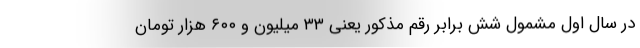
در سال اول مشمول شش برابر رقم مذکور یعنی ۳۳ میلیون و ۶۰۰ هزار تومان